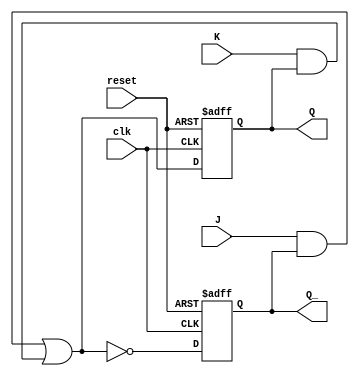
module JK_flipflop (
    input wire clk,
    input wire reset,
    input wire J,
    input wire K,
    output reg Q,
    output reg Q_
);

wire D;
assign D = (J & Q_) | (K & Q);

always @ (posedge clk or posedge reset)
begin
    if (reset)
    begin
        Q <= 0;
        Q_ <= 1;
    end
    else
    begin
        Q <= D;
        Q_ <= ~D;
    end
end

endmodule